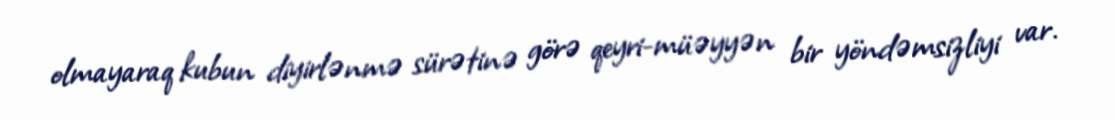
olmayaraq kubun diyirlənmə sürətinə görə qeyri-müəyyən bir yöndəmsizliyi var.